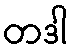
တဒါ